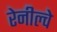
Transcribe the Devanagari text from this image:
रेनील्वे